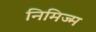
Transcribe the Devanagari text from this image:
निमिज्म